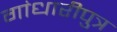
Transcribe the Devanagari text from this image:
गांधारीपुत्र